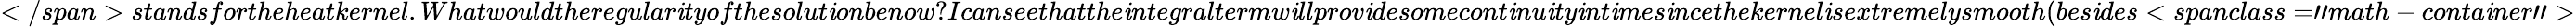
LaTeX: </span>standsfortheheatkernel.Whatwouldtheregular\mathit{i}tyofthesolut\mathit{i}onbenow?Icanseethatthe\mathit{i}ntegraltermw\mathit{i}llprov\mathit{i}desomecont\mathit{i}nu\mathit{i}ty\mathit{i}nt\mathit{i}mes\mathit{i}ncethekernel\mathit{i}sextremelysmooth(bes\mathit{i}des<spanclass="math-conta\mathit{i}ner">